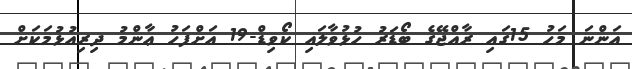
އަންނަ މަހު 15ގައި ރާއްޖޭގެ ބޯޑަރު ހުޅުވާލައި ކޯވިޑް-19 އަށްފަހު ޢާންމު ދިރިއުޅުމަކަށް